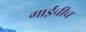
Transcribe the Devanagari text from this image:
गाईंचीच